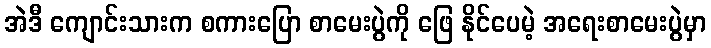
အဲဒီ ကျောင်းသားက စကားပြော စာမေးပွဲကို ဖြေ နိုင်ပေမဲ့ အရေးစာမေးပွဲမှာ